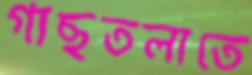
গাছতলাতে